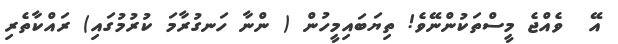
އޭ  ވެއްޖެ މީސްތަކުންނޭވެ! ތިޔަބައިމީހުން ( ންނާ ހަނގުރާމަ ކުރުމުގައި) ރައްކާތެރި